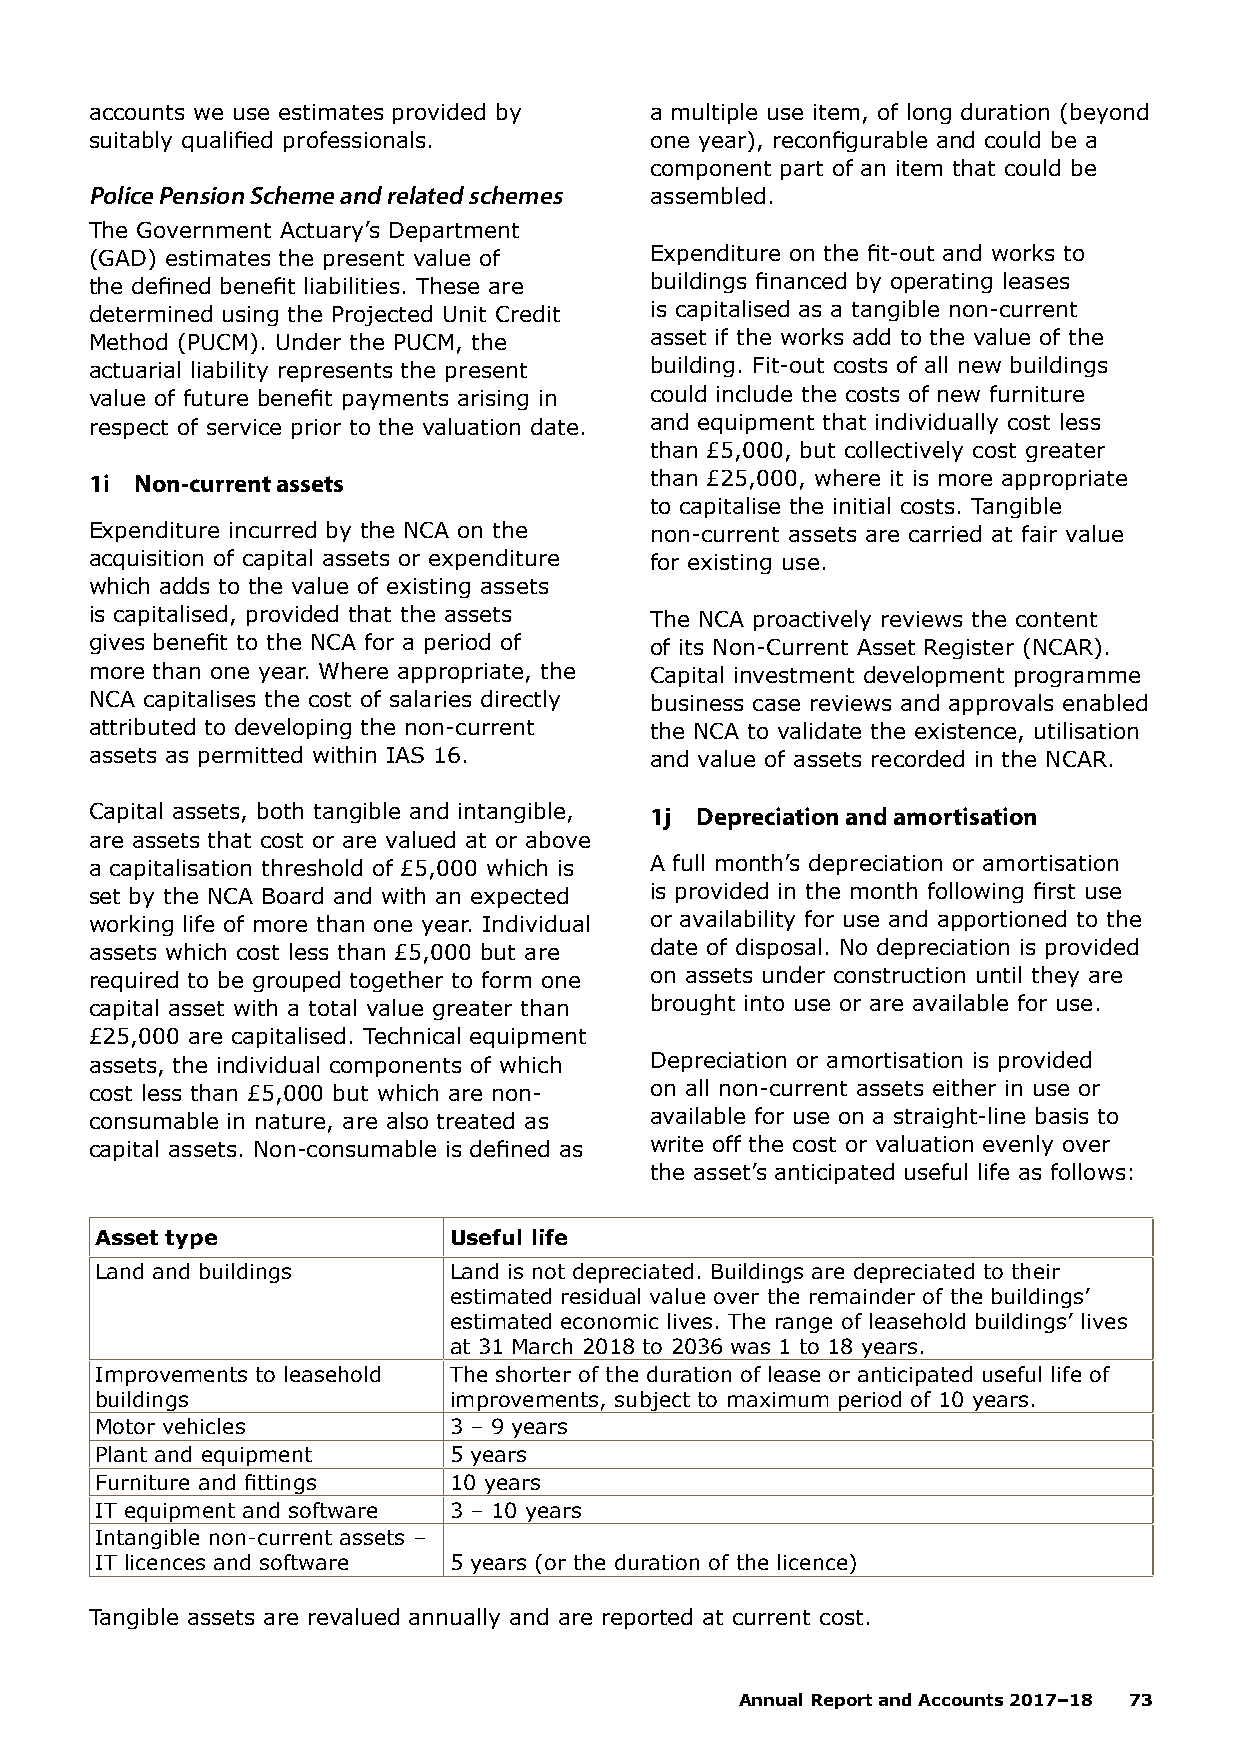
accounts we use estimates provided by a multiple use item, of long duration (beyond
 suitably qualified professionals.    one year), reconfigurable and could be a
 component part of an item that could be
 Police Pension Scheme and related schemes assembled.
 The Government Actuary’s Department
 (GAD) estimates the present value of Expenditure on the fit-out and works to
 the defined benefit liabilities. These are buildings financed by operating leases
 determined using the Projected Unit Credit is capitalised as a tangible non-current
 Method (PUCM). Under the PUCM, the   asset if the works add to the value of the
 actuarial liability represents the present building. Fit-out costs of all new buildings
 value of future benefit payments arising in could include the costs of new furniture
 respect of service prior to the valuation date. and equipment that individually cost less
 than £5,000, but collectively cost greater
 1i Non-current assets                than £25,000, where it is more appropriate
 to capitalise the initial costs. Tangible
 Expenditure incurred by the NCA on the non-current assets are carried at fair value
 acquisition of capital assets or expenditure for existing use.
 which adds to the value of existing assets
 is capitalised, provided that the assets The NCA proactively reviews the content
 gives benefit to the NCA for a period of of its Non-Current Asset Register (NCAR).
 more than one year. Where appropriate, the Capital investment development programme
 NCA capitalises the cost of salaries directly business case reviews and approvals enabled
 attributed to developing the non-current the NCA to validate the existence, utilisation
 assets as permitted within IAS 16.   and value of assets recorded in the NCAR.
 Capital assets, both tangible and intangible, 1j Depreciation and amortisation
 are assets that cost or are valued at or above
 a capitalisation threshold of £5,000 which is A full month’s depreciation or amortisation
 set by the NCA Board and with an expected is provided in the month following first use
 working life of more than one year. Individual or availability for use and apportioned to the
 assets which cost less than £5,000 but are date of disposal. No depreciation is provided
 required to be grouped together to form one on assets under construction until they are
 capital asset with a total value greater than brought into use or are available for use.
 £25,000 are capitalised. Technical equipment
 assets, the individual components of which Depreciation or amortisation is provided
 cost less than £5,000 but which are non- on all non-current assets either in use or
 consumable in nature, are also treated as available for use on a straight-line basis to
 capital assets. Non-consumable is defined as write off the cost or valuation evenly over
 the asset’s anticipated useful life as follows:
 Asset type              Useful life
 Land and buildings      Land is not depreciated. Buildings are depreciated to their
 estimated residual value over the remainder of the buildings’
 estimated economic lives. The range of leasehold buildings’ lives
 at 31 March 2018 to 2036 was 1 to 18 years.
 Improvements to leasehold The shorter of the duration of lease or anticipated useful life of
 buildings               improvements, subject to maximum period of 10 years.
 Motor vehicles          3 – 9 years
 Plant and equipment     5 years
 Furniture and fittings  10 years
 IT equipment and software 3 – 10 years
 Intangible non-current assets –
 IT licences and software 5 years (or the duration of the licence)
 Tangible assets are revalued annually and are reported at current cost.
 Annual Report and Accounts 2017–18 73